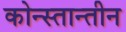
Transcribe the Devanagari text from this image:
कोन्स्तान्तीन